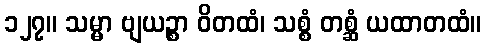
၁၂၇။ သမ္မာ ဗျယဉ္စာ ဝိတထံ၊ သစ္စံ တစ္ဆံ ယထာတထံ။